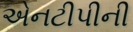
એનટીપીની